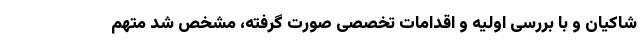
شاکیان و با بررسی‌ اولیه و اقدامات تخصصی صورت گرفته، مشخص شد متهم